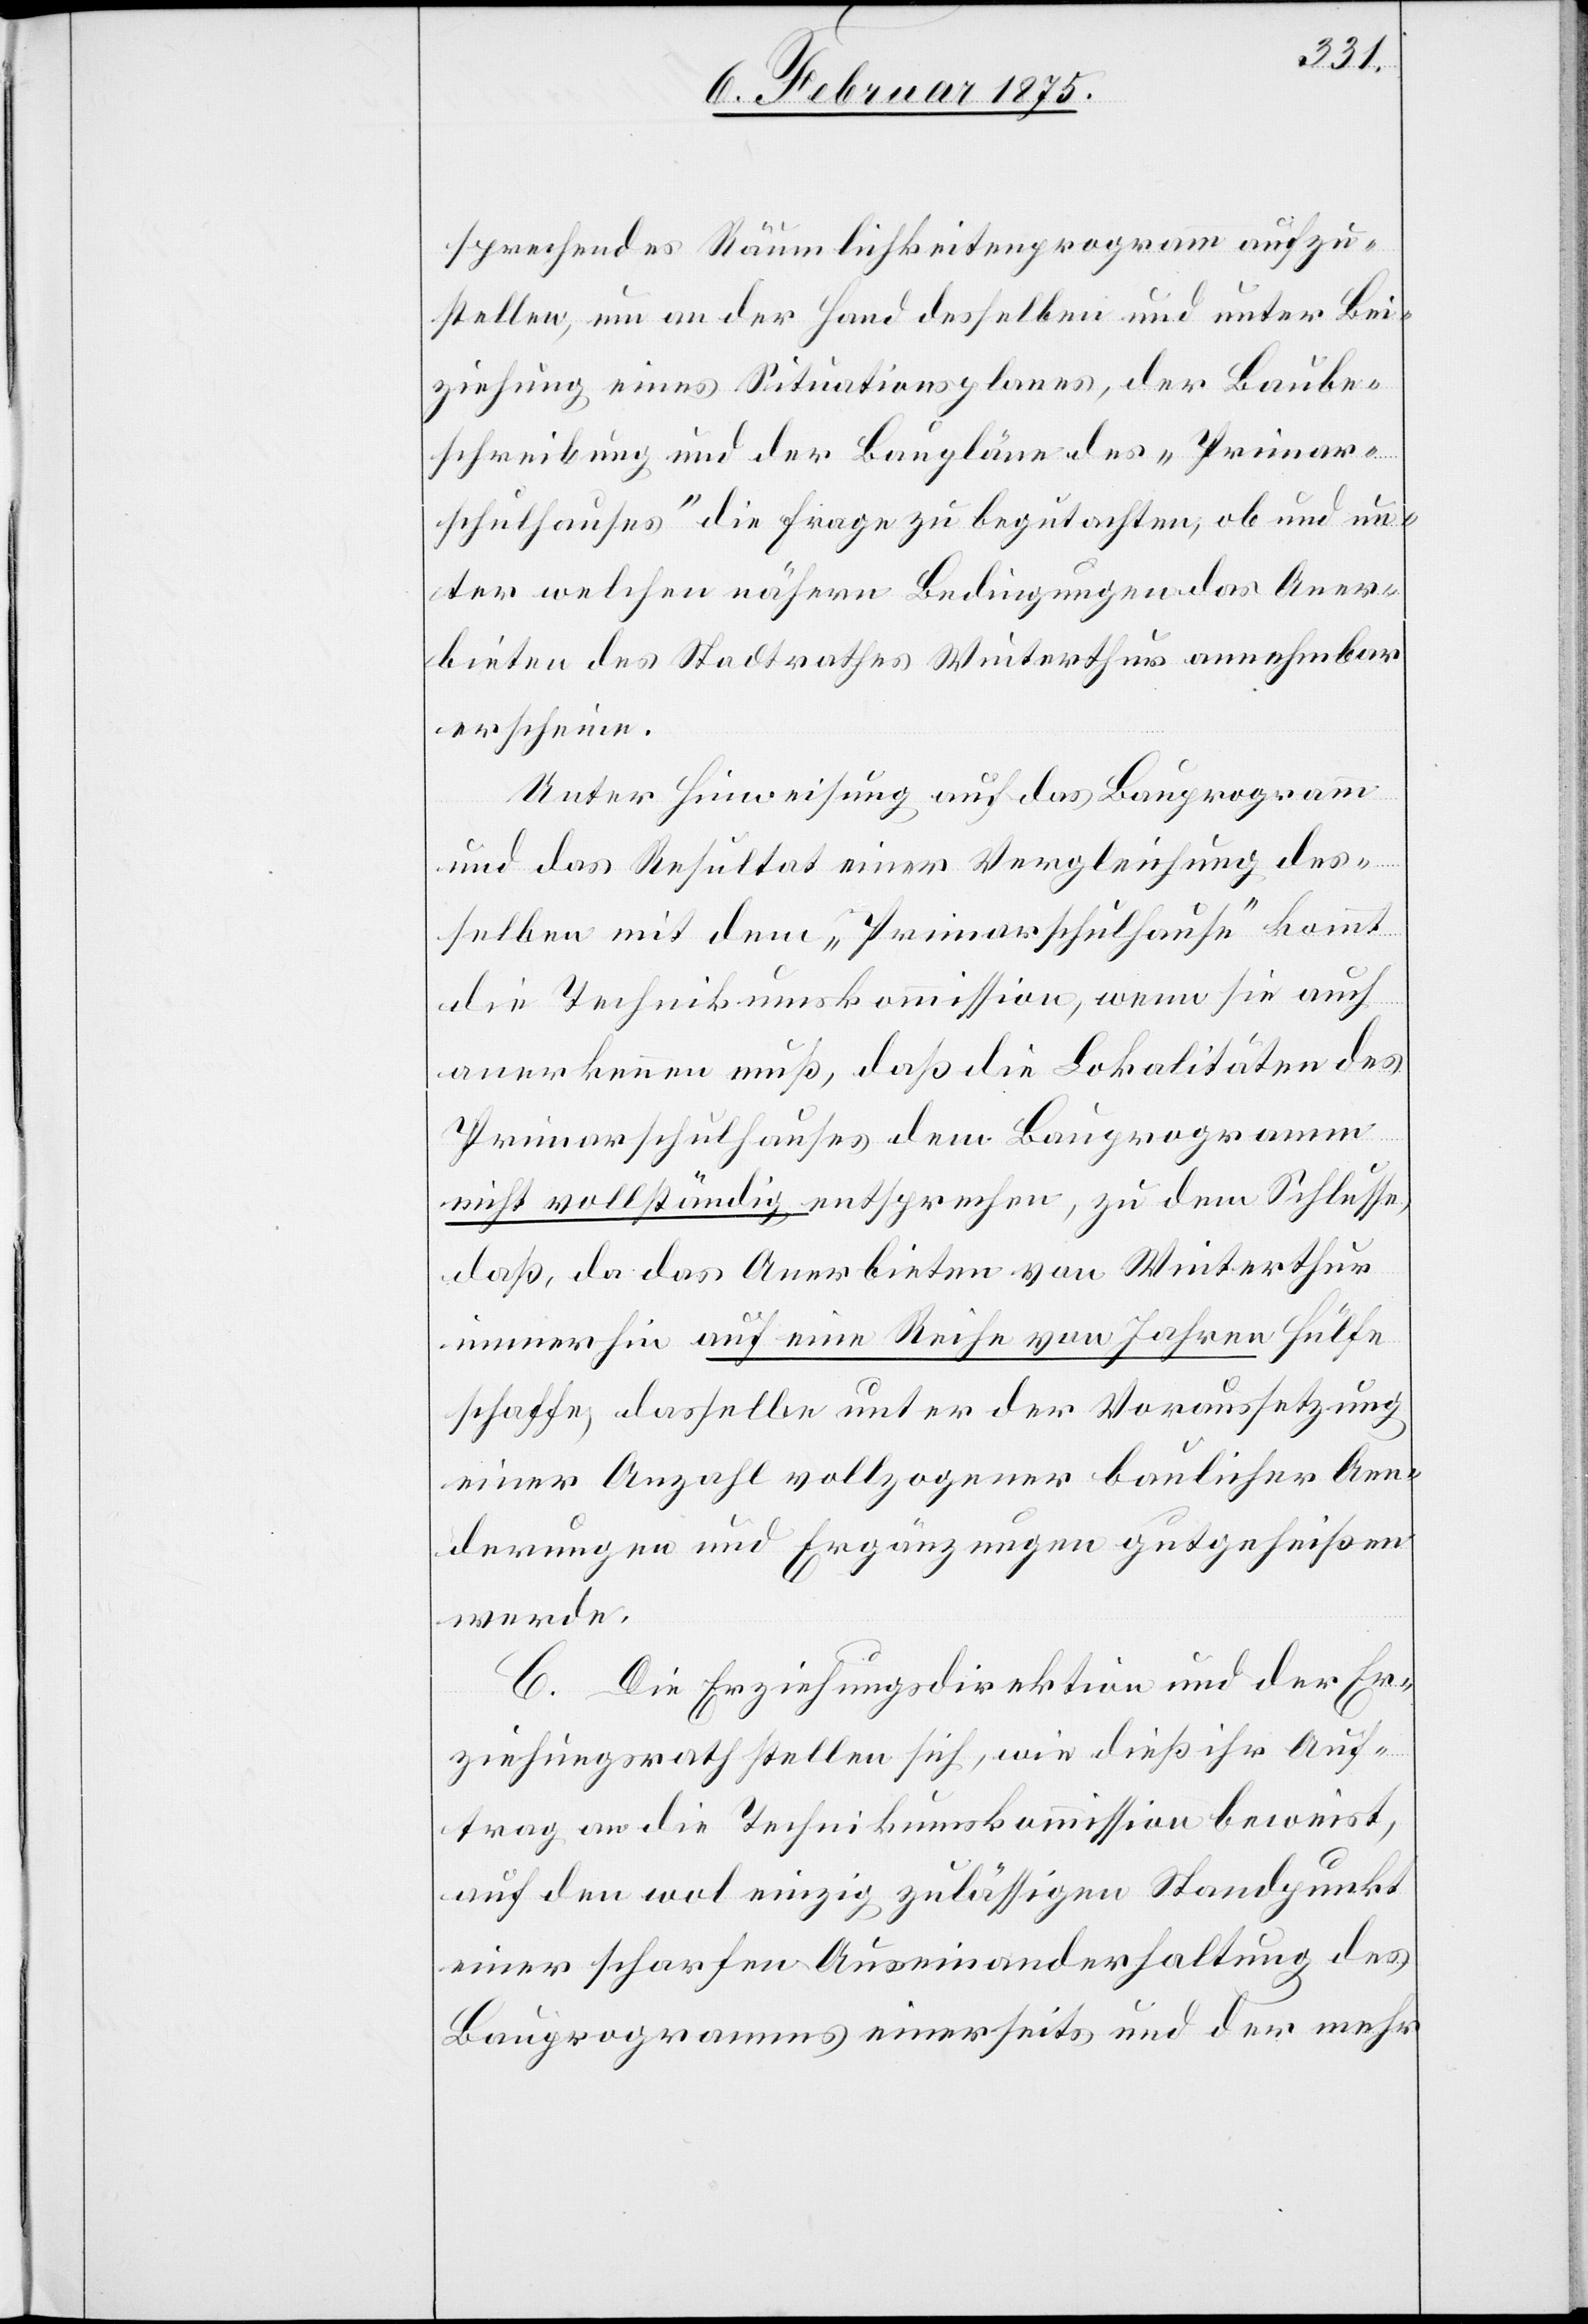
sprechendes Räumlichkeitenprogramm aufzu¬
stellen, um an der Hand desselben und unter Bei¬
ziehung eines Situationsplanes, der Baube¬
schreibung und der Baupläne des „Primar¬
schulhauses“ die Frage zu begutachten, ob und un¬
ter welchen nähern Bedingungen das Aner¬
bieten des Stadtrathes Winterthur annehmbar
erscheine.
Unter Hinweisung auf das Bauprogramm
und das Resultat einer Vergleichung des¬
selben mit dem „Primarschulhause“ kommt
die Technikumskommission, wenn sie auch
anerkennen muß, daß die Lokalitäten des
Primarschulhauses dem Bauprogramm
nicht vollständig entsprechen, zu dem Schlusse,
daß, da das Anerbieten von Winterthur
immerhin auf eine Reihe von Jahren Hülfe
schaffe, dasselbe unter der Voraussetzung
einer Anzahl vollzogener baulicher Aen¬
derungen und Ergänzungen gutgeheißen
werde.
C. Die Erziehungsdirektion und der Er¬
ziehungsrath stellen sich, wie dieß ihr Auf¬
trag an die Technikumskommission beweist,
auf den wol einzig zulässigen Standpunkt
einer scharfen Auseinanderhaltung des
Bauprogrammes einerseits und der mehr